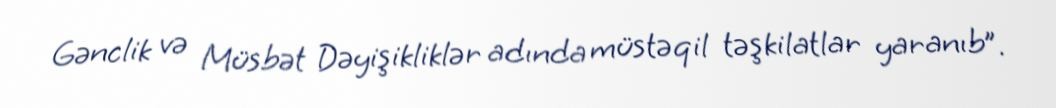
Gənclik və Müsbət Dəyişikliklər adında müstəqil təşkilatlar yaranıb”.